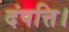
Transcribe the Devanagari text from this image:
दंपत्ति।